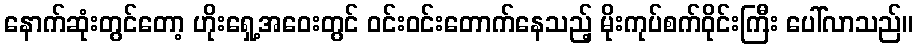
နောက်ဆုံးတွင်တော့ ဟိုးရှေ့အဝေးတွင် ဝင်းဝင်းတောက်နေသည့် မိုးကုပ်စက်ဝိုင်းကြီး ပေါ်လာသည်။